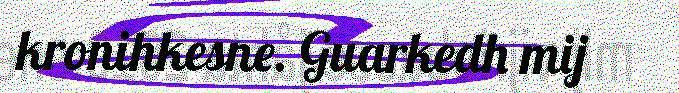
kronihkesne. Guarkedh mij